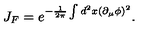
J _ { F } = e ^ { - \frac { 1 } { 2 \pi } \int d ^ { 2 } x ( \partial _ { \mu } \phi ) ^ { 2 } } .